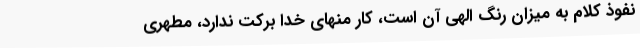
نفوذ کلام به میزان رنگ الهی آن است، کار منهای خدا برکت ندارد، مطهری